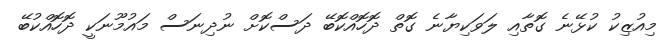
މިއުޒިކު ކުޅޭނެ ގޮތާއި ލަވަކިޔާނެ ގޮތް ދޮހޮއްކޮބޭ ދަސްކޮށް ނުދިނަސް މައުމޫނަކީ ދޮހޮއްކުބޭ